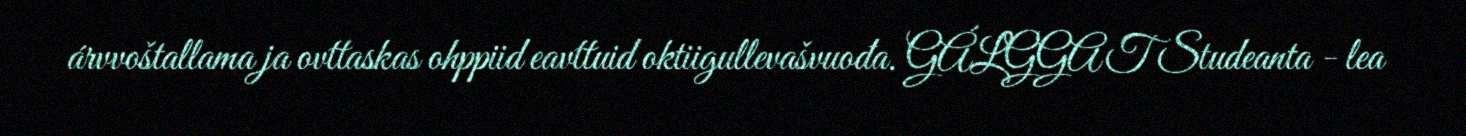
árvvoštallama ja ovttaskas ohppiid eavttuid oktiigullevašvuođa. GÁLGGAT Studeanta - lea